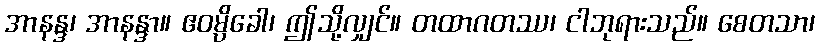
အာနန္ဒ၊ အာနန္ဒာ။ ဧဝမ္ပိခေါ၊ ဤသို့လျှင်။ တထာဂတဿ၊ ငါဘုရားသည်။ စေတသာ၊